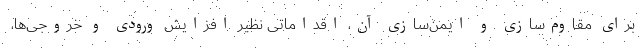
برای مقاوم‌سازی و ایمن‌سازی آن، اقداماتی نظیر افزایش ورودی و خروجی‌ها،